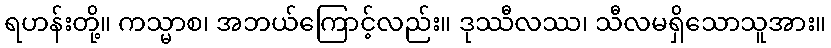
ရဟန်းတို့။ ကသ္မာစ၊ အဘယ်ကြောင့်လည်း။ ဒုဿီလဿ၊ သီလမရှိသောသူအား။